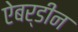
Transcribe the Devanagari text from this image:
ऐबर्डीन